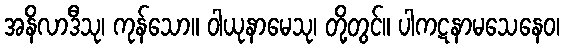
အနိလာဒီသု၊ ကုန်သော။ ဝါယုနာမေသု၊ တို့တွင်။ ပါကဋနာမသေနေဝ၊